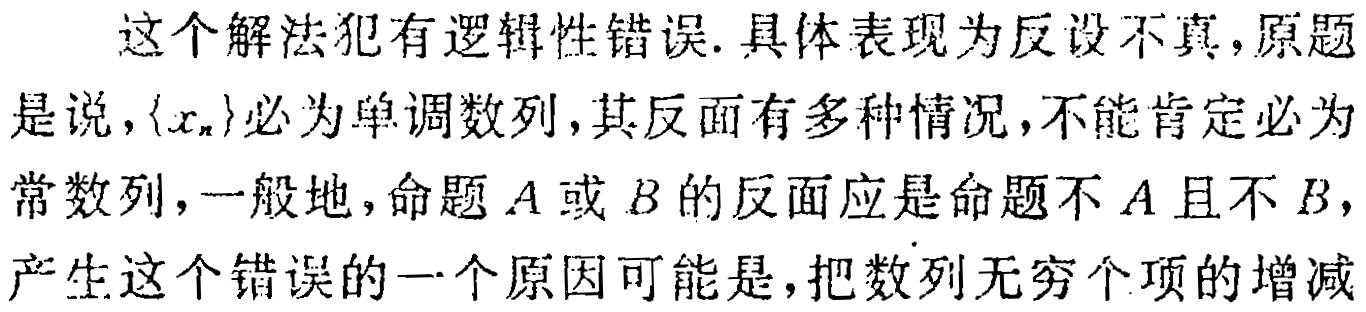
这个解法犯有逻辑性错误. 具体表现为反设不真, 原题是说，\(\{x_{n}\}\)必为单调数列, 其反面有多种情况, 不能肯定必为常数列, 一般地, 命题\(A\)或\(B\)的反面应是命题不\(A\)且不\(B\), 产生这个错误的一个原因可能是，把数列无穷个项的增减